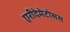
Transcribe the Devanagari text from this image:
एरीदेमेटोसस